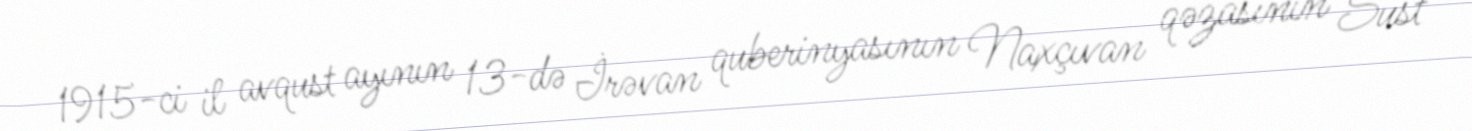
1915-ci il avqust ayının 13-də İrəvan quberinyasının Naxçıvan qəzasının Sust